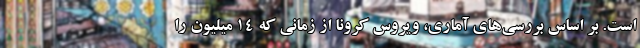
است. بر اساس بررسی‌های آماری، ویروس کرونا از زمانی که ۱۴ میلیون را